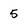
Character: 5